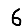
Digit: 6